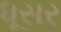
ધૂસર